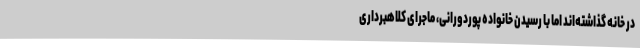
در خانه گذاشته‌اند اما با رسیدن خانواده پوردورانی، ماجرای کلاهبرداری